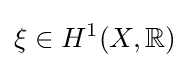
\xi \in H^{1}(X,\mathbb {R} )